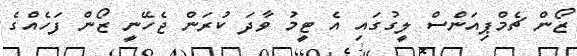
ޒޯން ޗެމްޕިއަންސް ލީގުގައި އެ ޓީމު ވާދަ ކުރަން ޖެހޭނީ ޒޯން ފަހެއްގެ